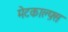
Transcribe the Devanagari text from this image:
मेटकाल्फ़्स